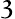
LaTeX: \mathfrak{3}